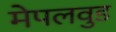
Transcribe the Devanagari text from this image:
मेपलवुड